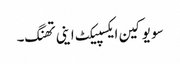
سو یو کین ایکسپیکٹ اینی تھنگ۔